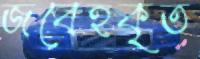
জবেহকৃত